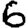
Digit: 6